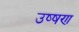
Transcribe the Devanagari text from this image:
उष्षण